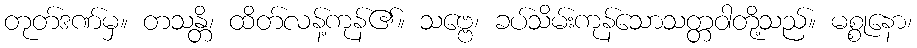
တုတ်ဒဏ်မှ။ တသန္တိ၊ ထိတ်လန့်ကုန်၏။ သဗ္ဗေ၊ ခပ်သိမ်းကုန်သောသတ္တဝါတို့သည်။ မစ္စုနော၊